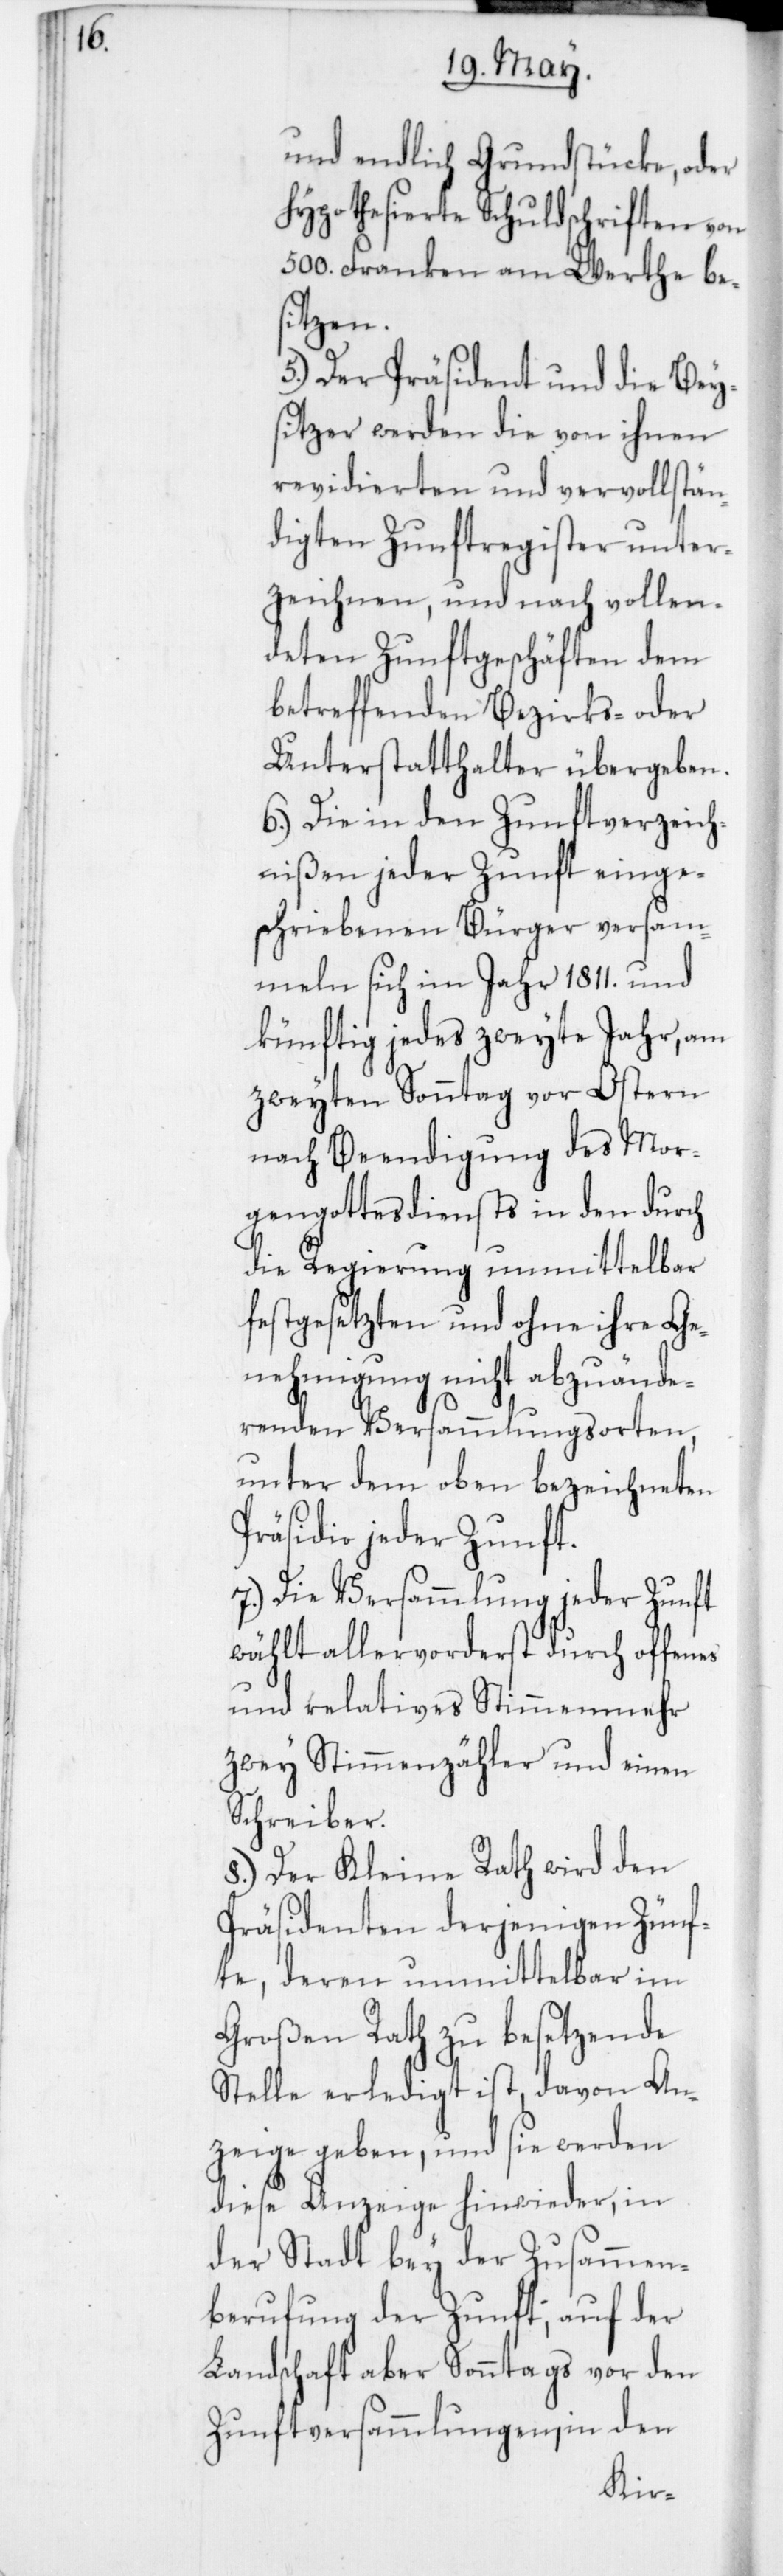
und endlich Grundstücke oder
hypothesierte Schuldschriften von
500. Franken am Werthe bes¬
itzen.
5. Der Präsident und die Beys¬
itzer werden die von ihnen
revidierten und vervollstän¬
digten Zunftregister unter¬
zeichnen, und nach vollen¬
deten Zunftgeschäften dem
betreffenden Bezirks- oder
Unterstatthalter übergeben.
6. Die in den Zunftverzeich¬
nißen jeder Zunft einge¬
schriebenen Bürger versam¬
meln sich im Jahr 1811 und
künftig jedes zweyte Jahr, am
zweyten Sonntag vor Ostern
nach Beendigung des Mor¬
gengottesdiensts in den durch
die Regierung unmittelbar
festgesetzten und ohne ihre Ge¬
nehmigung nicht abzuände¬
renden Versammlungsorten,
unter dem oben bezeichneten
Präsidio jeder Zunft.
7. Die Versammlung jeder Zunft
wählt allervorderst durch offenes
und relatives Stimmenmehr
zwey Stimmenzähler und einen
Schreiber.
8. Der Kleine Rath wird den
Präsidenten derjenigen Zünf¬
te, deren unmittelbar im
Großen Rath zu besetzende
Stelle erledigt ist, davon An¬
zeige geben, und sie werden
diese Anzeige hinwieder, in
der Stadt bey der Zusammen¬
berufung der Zunft, auf der
Landschaft aber Sonntags vor den
Zunftversammlungen, in den